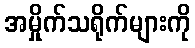
အမှိုက်သရိုက်များကို